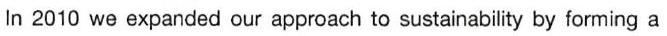
In 2010 we expanded our approach to sustainability by forming a